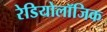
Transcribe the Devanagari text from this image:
रेडियोलॉजिक